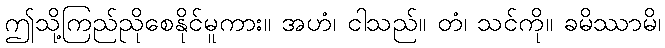
ဤသို့ကြည်ညိုစေနိုင်မူကား။ အဟံ၊ ငါသည်။ တံ၊ သင်ကို။ ခမိဿာမိ၊